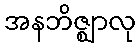
အနဘိဇ္ဈာလု